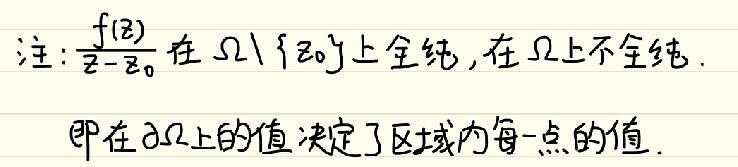
注: $\frac{f(z)}{z - z_0}$ 在 $\Omega\setminus\{z_0\}$ 上全纯, 在 $\Omega$ 上不全纯.

即在 $\partial\Omega$ 上的值决定了区域内每一点的值.